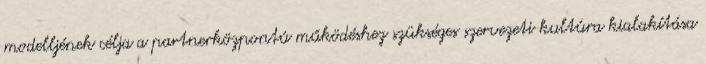
modelljének célja a partnerközpontú működéshez szükséges szervezeti kultúra kialakítása